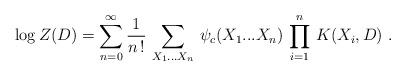
LaTeX: \begin{align*}\left.\log Z(D) = \sum_{n =0}^{\infty} \frac{1}{n \, !} \, \sum_{X_{1}...X_{n}} \,\psi_{c}(X_{1}...X_{n}) \, \prod_{i = 1}^{n} \, K(X_{i},D) \ . \right.\end{align*}